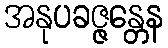
အနုပခဇ္ဇန္တေန